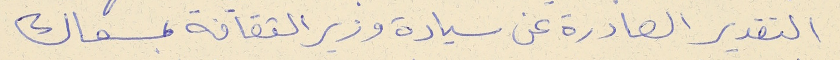
التقدير الصادرة عن سيادة وزير الثقافة بمسعاك